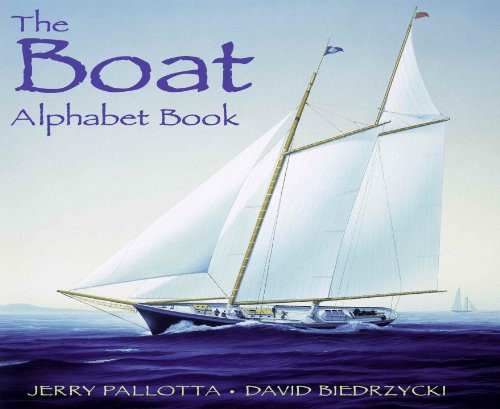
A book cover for The Boat Alphabet Book; Jerry Pallotta; Children's Books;